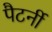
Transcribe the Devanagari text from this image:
पैटर्नी